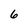
Character: 6